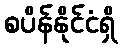
စပိန်နိုင်ငံရှိ